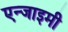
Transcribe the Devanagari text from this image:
एन्जाइमी